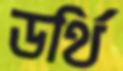
ডর্থি